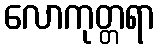
လောကုတ္တရာ